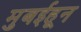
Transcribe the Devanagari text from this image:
मुबईहून